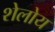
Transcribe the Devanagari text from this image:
शेलोय